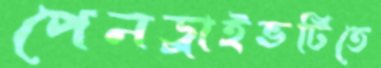
পেনড্রাইভটিতে